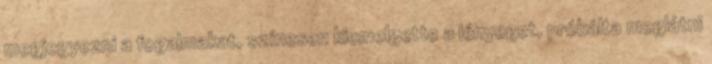
megjegyezni a fogalmakat, színesen kiemelgette a lényeget, próbálta meglátni